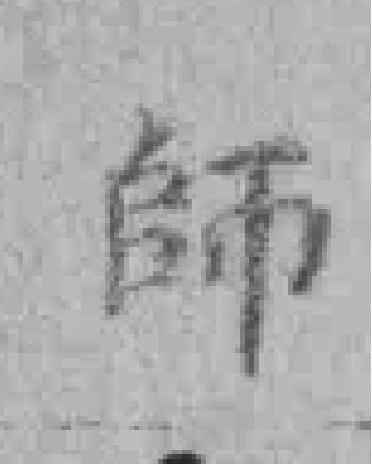
師